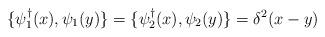
LaTeX: \begin{align*}\{\psi^\dagger_1(x),\psi_1(y)\}=\{\psi^\dagger_2(x),\psi_2(y)\}=\delta^2(x-y)\end{align*}